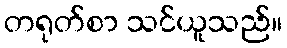
တရုတ်စာ သင်ယူသည်။